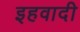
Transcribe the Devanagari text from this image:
इहवादी